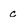
Character: c